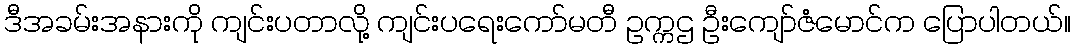
ဒီအခမ်းအနားကို ကျင်းပတာလို့ ကျင်းပရေးကော်မတီ ဥက္ကဌ ဦးကျော်ဇံမောင်က ပြောပါတယ်။